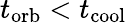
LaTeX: t_{\mathrm{orb}}<t_{\mathrm{cool}}